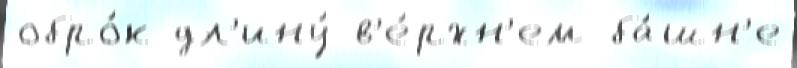
обро́к дл'ину́ в'е́рхн'ем ба́шн'е